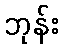
ဘုန်း